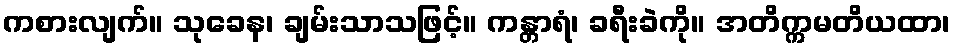
ကစားလျက်။ သုခေန၊ ချမ်းသာသဖြင့်။ ကန္တာရံ၊ ခရီးခဲကို။ အတိက္ကမတိယထာ၊